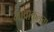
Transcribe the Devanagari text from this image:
भावाकुलता